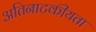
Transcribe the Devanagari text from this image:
अतिनाटकीयता